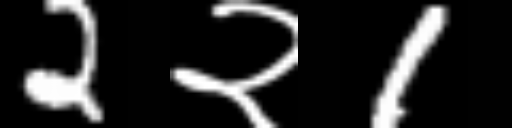
Text: 2२1